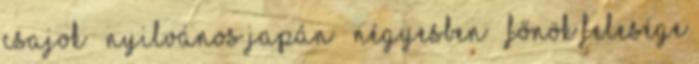
Csajok ▪ Nyilvános japán ▪ Négyesben ▪ Főnök felesége